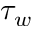
\tau _ { w }